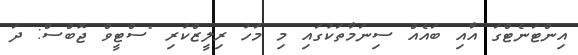
އިންޓަނެޓްގަ އާއި ބައެއް ސިނަމާތަކުގައި މި މަހު ރިލީޒްކުރި "ސްޓީވް ޖޮބްސް: ދަ